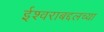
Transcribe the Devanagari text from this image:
ईश्वराबद्दलच्या